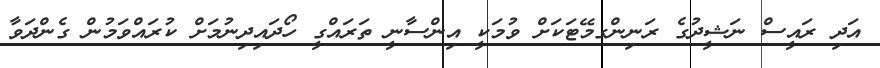
އަދި ރައީސް ނަޝީދުގެ ރަނިންގމޭޓަކަށް ވުމަކީ އިންސާނީ ތަރައްގީ ހޯދައިދިނުމަށް ކުރައްވަމުން ގެންދަވާ